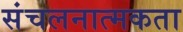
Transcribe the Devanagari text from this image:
संचलनात्मकता